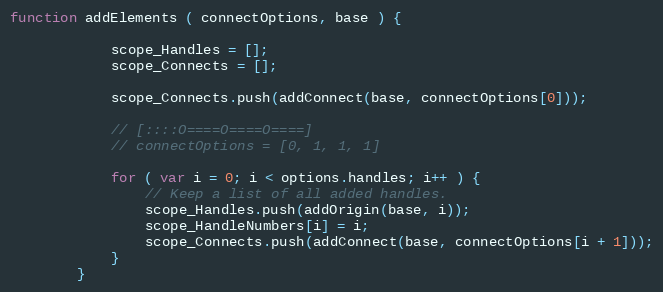
Language: JavaScript
function addElements ( connectOptions, base ) {

            scope_Handles = [];
            scope_Connects = [];

            scope_Connects.push(addConnect(base, connectOptions[0]));

            // [::::O====O====O====]
            // connectOptions = [0, 1, 1, 1]

            for ( var i = 0; i < options.handles; i++ ) {
                // Keep a list of all added handles.
                scope_Handles.push(addOrigin(base, i));
                scope_HandleNumbers[i] = i;
                scope_Connects.push(addConnect(base, connectOptions[i + 1]));
            }
        }